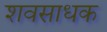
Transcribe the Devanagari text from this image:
शवसाधक